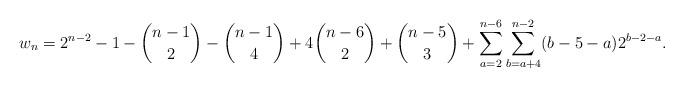
LaTeX: \begin{align*}w_n&=2^{n-2}-1-\binom{n-1}{2}-\binom{n-1}{4}+4\binom{n-6}{2}+\binom{n-5}{3}+\sum_{a=2}^{n-6}\sum_{b=a+4}^{n-2}(b-5-a)2^{b-2-a}.\end{align*}